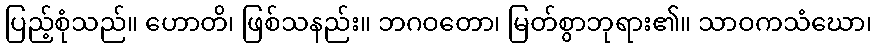
ပြည့်စုံသည်။ ဟောတိ၊ ဖြစ်သနည်း။ ဘဂဝတော၊ မြတ်စွာဘုရား၏။ သာဝကသံဃော၊